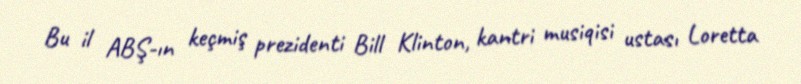
Bu il ABŞ-ın keçmiş prezidenti Bill Klinton, kantri musiqisi ustası Loretta